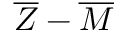
{ \overline { { Z } } } - { \overline { { M } } }